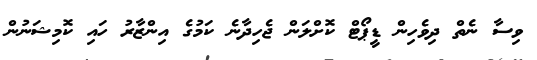
ވިސާ ނެތް ދިވެހިން ޑީޕޯޓް ކޮށްލަން ޖެހިދާނެ ކަމުގެ އިންޒާރު ހައި ކޮމިޝަނުން